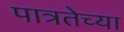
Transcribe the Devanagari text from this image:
पात्रतेच्या